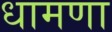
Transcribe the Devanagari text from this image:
धामणा